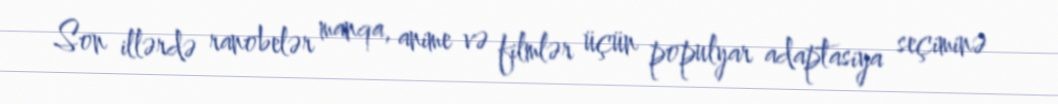
Son illərdə ranobelər manqa, anime və filmlər üçün populyar adaptasiya seçiminə